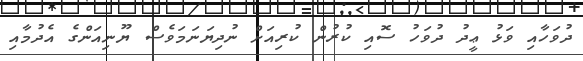
ދުވަހާއި ވަޅު ޢީދު ދުވަހު ސޮއި ކުރުން ކުރިއަށް ނުދިޔަނަމަވެސް ޔޫނިއަންގެ އެދުމާއި